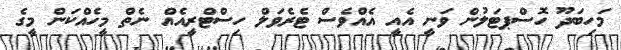
މަހިބަދޫ ހޮސްޕޓަލުން ވަނީ އެއީ އެއްވެސް ޓެރެވަލް ހިސްޓްރީއެއް ނެތް މީހެއްކަން މީގެ